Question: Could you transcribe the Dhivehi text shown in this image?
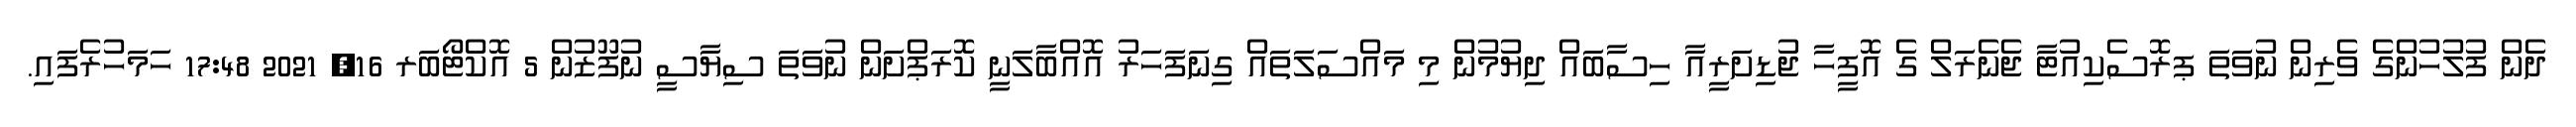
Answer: ދެން ފުލުހުންގެ ވެރިން ނުވަތަ ޕރޮސެކިއުޓާ ޖެނެރަލް ގެ އޮފީހާ ޖުޑިށަރީއާ ހިސާބައް ދިޔުމުން މި މައްސަލަތައް ގިނަފަހަރު އޮއްބާލަނީ ކޮރަޕްށަން ނުވަތަ ސިޔާސީ ނުފޫޒުން 5 އޮކްޓޯބަރ 16, 2021 17:48 ހަމަހުރެފައި.